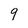
Character: 9